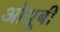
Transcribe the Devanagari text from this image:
ओयूबी